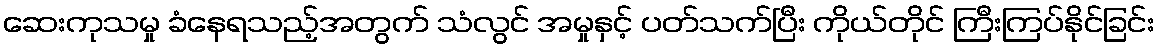
ဆေးကုသမှု ခံနေရသည့်အတွက် သံလွင် အမှုနှင့် ပတ်သက်ပြီး ကိုယ်တိုင် ကြီးကြပ်နိုင်ခြင်း